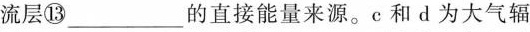
流层___的直接能量来源。c和d为大气辐